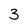
Character: 3